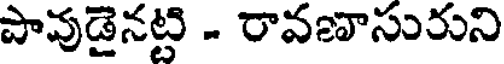
పావుడైనట్టి - రావణాసురుని